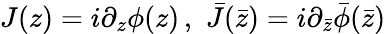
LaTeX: J(z)=i\partial_{z}\phi(z)\, ,\, \, \bar{J}(\bar{z})=i\partial_{\bar{z}}\bar{\phi}(\bar{z})